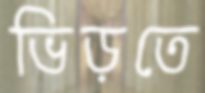
ভিড়তে